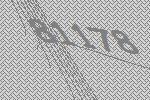
81178